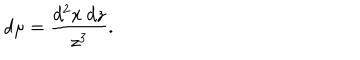
LaTeX: d \mu = { \frac { d ^ { 2 } x \ d z } { z ^ { 3 } } } .